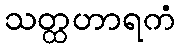
သတ္ထဟာရကံ